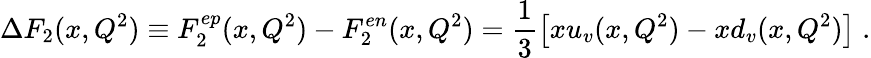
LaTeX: \Delta F_{2}(x,Q^{2})\equiv F_{2}^{ep}(x,Q^{2})-F_{2}^{en}(x,Q^{2})=\frac{1}{3}\left[xu_{v}(x,Q^{2})-xd_{v}(x,Q^{2})\right]\; .